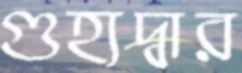
গুহ্যদ্বার